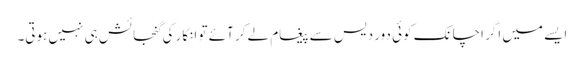
ایسے میں اگر اچانک کوئی دور دیس سے پیغام لے کر آئے تو انکار کی گنجائش ہی نہیں ہوتی۔